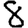
Digit: 8